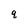
Character: q